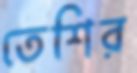
তেশির